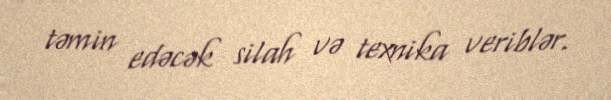
təmin edəcək silah və texnika veriblər.